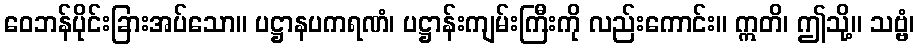
ဝေဘန်ပိုင်းခြားအပ်သော။ ပဋ္ဌာနပကရဏံ၊ ပဋ္ဌာန်းကျမ်းကြီးကို လည်းကောင်း။ ဣတိ၊ ဤသို့။ သဗ္ဗံ၊